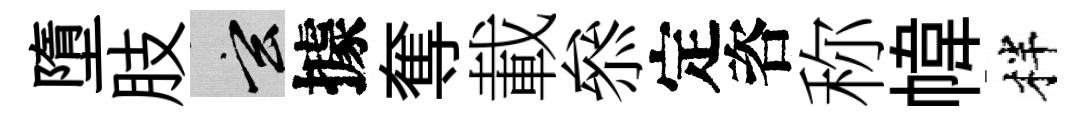
墮肢玄據奪載叅定咨称幃柈